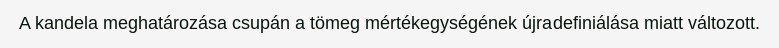
A kandela meghatározása csupán a tömeg mértékegységének újradefiniálása miatt változott.